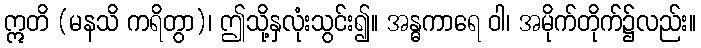
ဣတိ (မနသိ ကရိတွာ)၊ ဤသို့နှလုံးသွင်း၍။ အန္ဓကာရေ ဝါ၊ အမိုက်တိုက်၌လည်း။